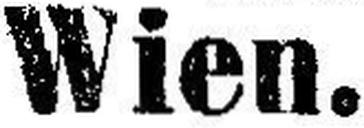
Wien.